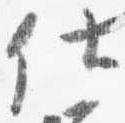
仕